Document type: Testament
Year: 1300
Scribe: Bonanat d'Esparreguera
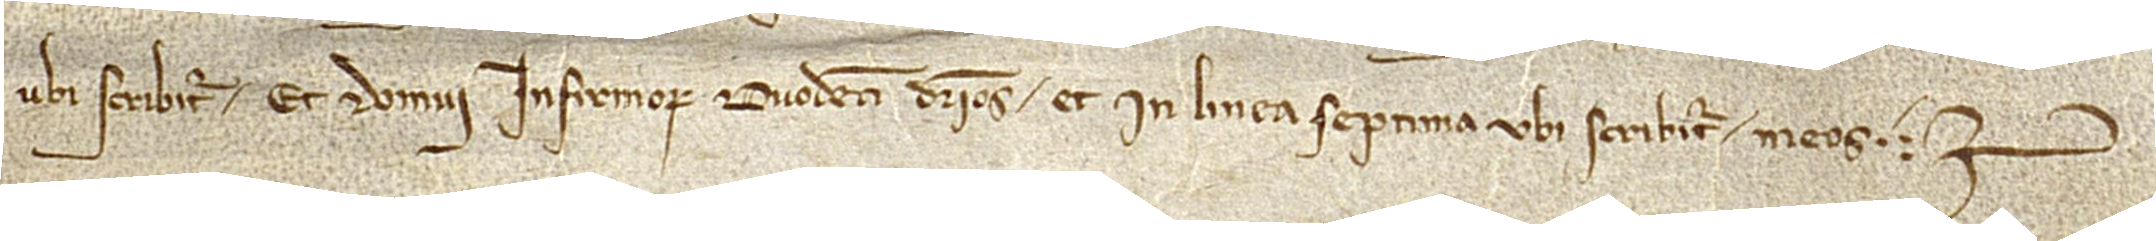
ubi scribitur “et domui infirmorum duodecim denarios”, et in linea septima, ubi scribitur “meos”.